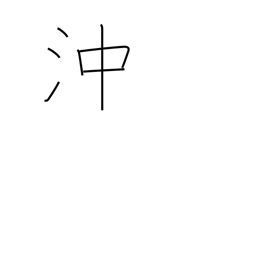
Meaning: offing